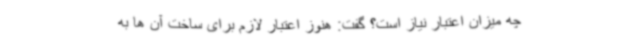
چه میزان اعتبار نیاز است؟ گفت: هنوز اعتبار لازم برای ساخت آن ها به